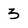
Character: 3